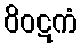
ဝိဝဋကံ